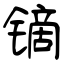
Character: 镝